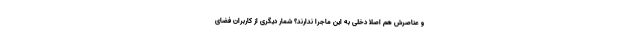
و عناصرش هم اصلا دخلی به این ماجرا ندارند؟ شمار دیگری از کاربران فضای